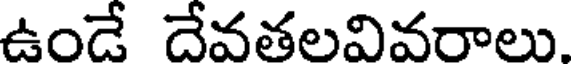
ఉండే దేవతలవివరాలు.